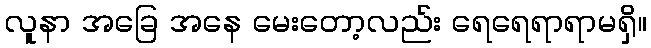
လူနာ အခြေ အနေ မေးတော့လည်း ရေရေရာရာမရှိ။